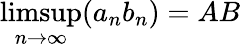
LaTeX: \operatorname*{limsup}_{n\to\infty}(a_{n}b_{n})=AB